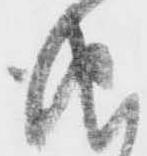
儀